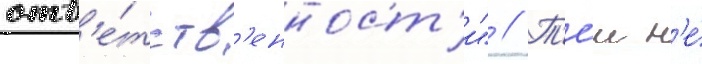
отв'е́тств'енност'и" // Т'е́м н'е́